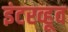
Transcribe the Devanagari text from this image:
इंटरव्हूव